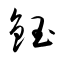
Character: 鈺